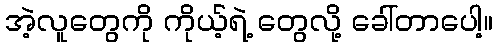
အဲ့လူတွေကို ကိုယ့်ရဲ့ တွေလို့ ခေါ်တာပေါ့။